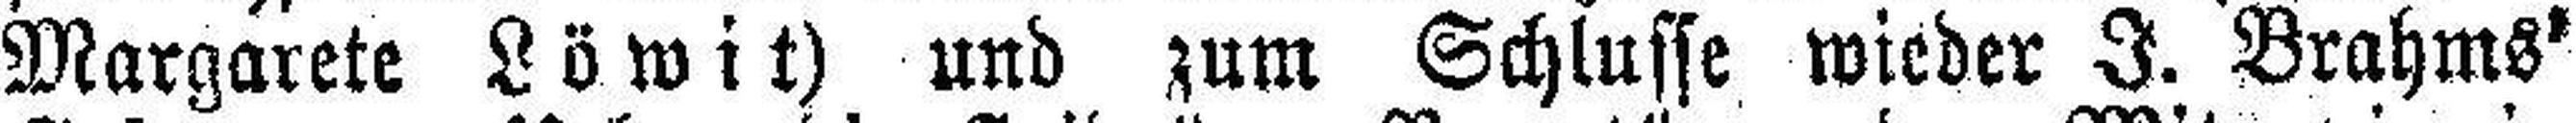
Margarete Löwit) und zum Schlusse wieder I. Brahms'